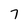
Character: 7